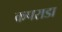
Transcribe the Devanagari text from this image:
कपराडा